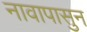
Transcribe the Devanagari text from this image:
नावापासुन